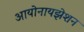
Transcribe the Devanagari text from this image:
आयोनायझेशन